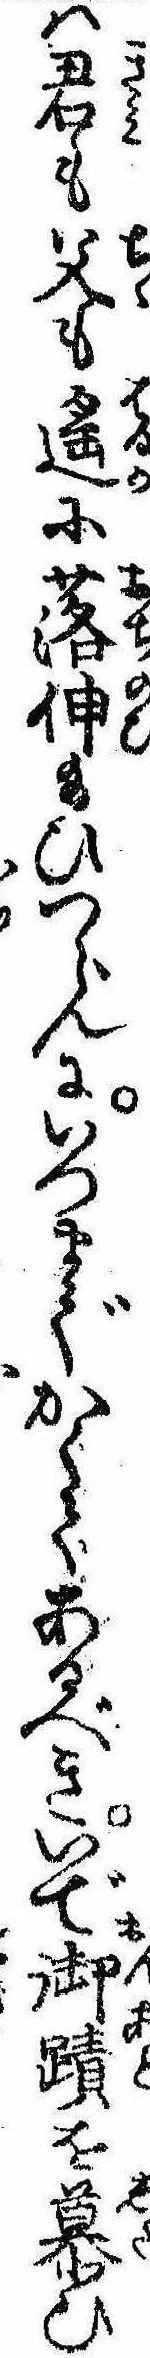
は君も父も遥に落伸給ひつらんにいつまでかくてあるべきいで御跡を慕ひ